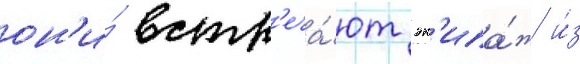
он'и́ встр'еча́ют эк'ипа́ж и́з